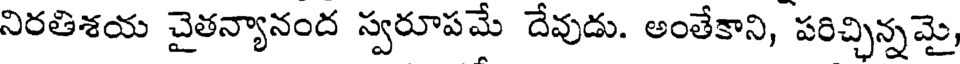
నిరతిశయ చైతన్యానంద స్వరూపమే దేవుడు. అంతేకాని, పరిచ్చిన్నమై,